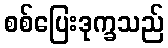
စစ်ပြေးဒုက္ခသည်